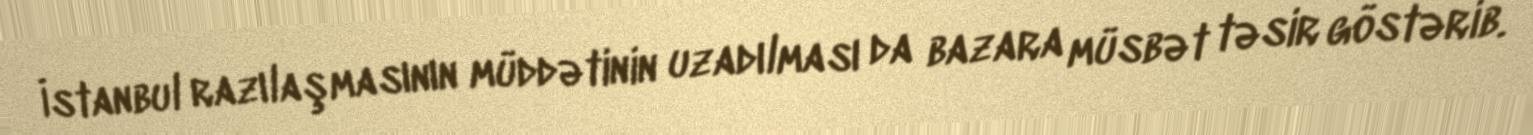
İstanbul razılaşmasının müddətinin uzadılması da bazara müsbət təsir göstərib.